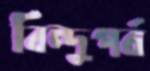
বিন্দুপর্ব